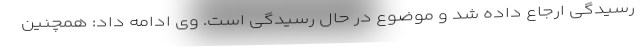
رسیدگی ارجاع داده شد و موضوع در حال رسیدگی است. وی ادامه داد: همچنین